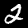
Label: 2